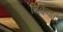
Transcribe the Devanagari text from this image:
शिर्केवाडी